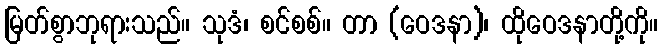
မြတ်စွာဘုရားသည်။ သုဒံ၊ စင်စစ်။ တာ (ဝေဒနာ)၊ ထိုဝေဒနာတို့ကို။